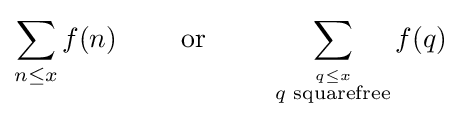
\sum _{n\leq x}f(n)\qquad {\text{ or }}\qquad \sum _{\stackrel {q\leq x}{q{\text{ squarefree}}}}f(q)